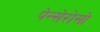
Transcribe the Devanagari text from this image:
पेन्सेरोसो